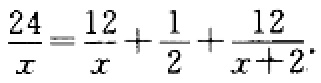
$\frac{24}{x}=\frac{12}{x}+\frac{1}{2}+\frac{12}{x + 2}$